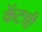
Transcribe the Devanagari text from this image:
केंटची